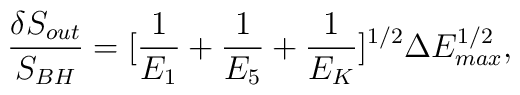
\frac{\delta S_{out}}{S_{BH}} = [\frac{1}{E_{1}} + \frac{1}{E_{5}} +\frac{1}{E_{K}}]^{1/2} \Delta E^{1/2}_{max},